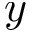
y